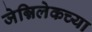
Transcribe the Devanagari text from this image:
जेन्निलेकच्या